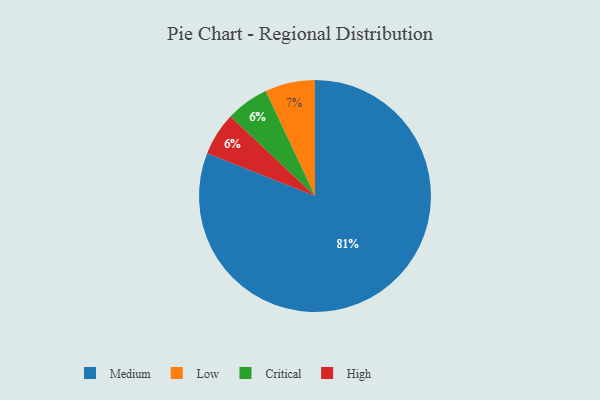
{"axis": {"x": "Category", "y": "Percentage"}, "legend": ["Critical", "High", "Low", "Medium"], "data": [{"x": "Low", "y": 7, "type": "Low"}, {"x": "Critical", "y": 6, "type": "Critical"}, {"x": "Medium", "y": 81, "type": "Medium"}, {"x": "High", "y": 6, "type": "High"}]}